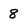
Character: 8